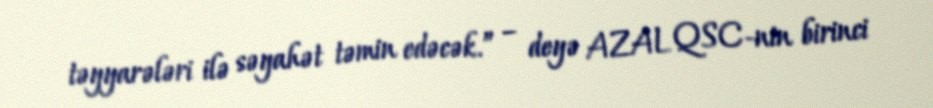
təyyarələri ilə səyahət təmin edəcək.” – deyə AZAL QSC-nin birinci